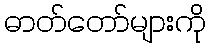
ဓာတ်တော်များကို